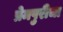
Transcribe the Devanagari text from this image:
प्रेमपुरीचा